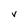
Character: v